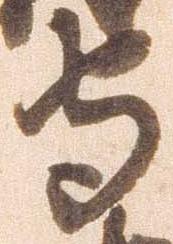
守